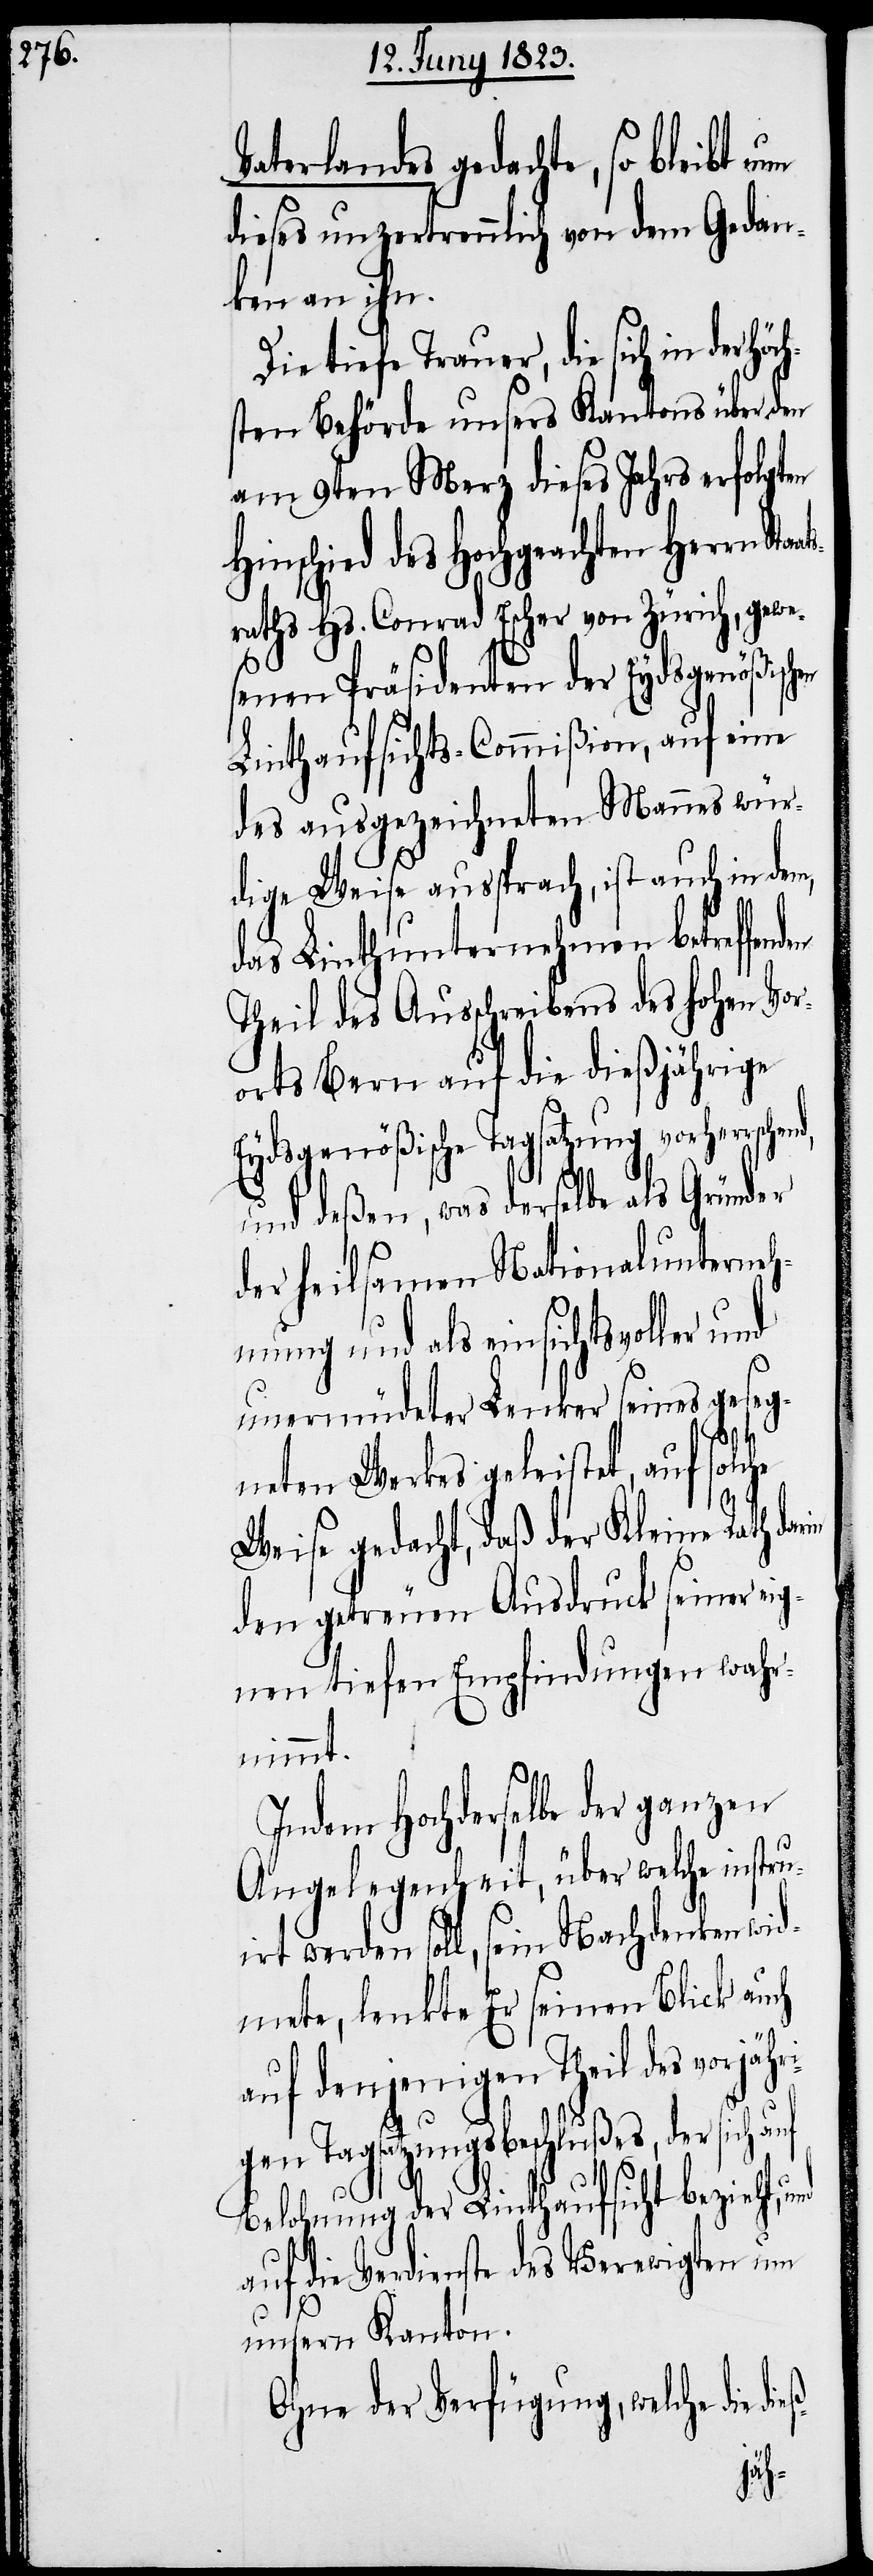
Vaterlandes gedachte, so bleibt
ieses unzertrennlich von dem Gedan¬
ken an ihn.
Die tiefe Trauer, die sich in der
sten Behörde unsers Kantons über den
am 9ten Merz dieses Jahrs erfolgten
Hinschied des Hochgeachten Herrn St¬
raths Hs. Conrad Escher von Zürich, gew¬
senen Präsidenten der Eydsgenößischen
Linthaufsichts-Commißion, auf eine
des ausgezeichneten Mannes wür¬
dige Weise ansprach, ist auch in dem,
das Linthunternehmen betreffen¬
Theil des Ausschreibens des hohen Vor¬
orts Bern auf die dießjährige
Eydsgenößische Tagsatzung vorherrsch¬
und deßen, was derselbe als Gründer
der heilsamen Nationalunterneh¬
mung und als einsichtsvoller und
unermüdeter Lenker seines geseg¬
end,
neten Werkes geleistet, auf solche
Weise gedacht, daß der Kleine Rath dar¬
den getreuen Ausdruck seiner eig¬
nen tiefen Empfindungen wahr¬
nimmt.
Indem Hochderselbe der ganzen
Angelegenheit, über welche instr¬
uirt werden soll, sein Nachdenken wid¬
mete, lenkte Er seinen Blick auch
auf denjenigen Theil des vorjähr¬
igen Tagsatzungsbeschlußes, der sich
Belohnung der Linthaufsicht bezieht,
auf die Verdienste des Verewigten um
unsern Kanton.
Ohne der Verfügung, welche die di¬
eß-